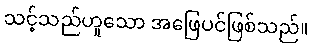
သင့်သည်ဟူသော အဖြေပင်ဖြစ်သည်။